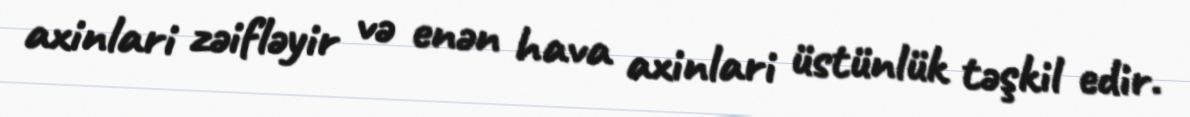
axinlari zəifləyir və enən hava axinlari üstünlük təşkil edir.